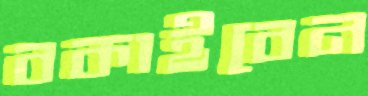
বকাইবেন